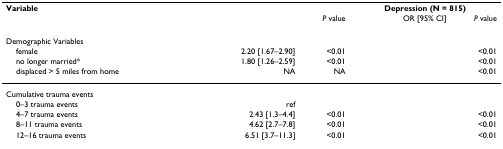
<table><thead><tr><td><b>Variable</b></td><td colspan="2">[EMPTY_CELL]</td><td colspan="2"><b>Depression (N = 815)</b></td></tr><tr><td>[EMPTY_CELL]</td><td>[EMPTY_CELL]</td><td><b><i>P </i>value</b></td><td><b>OR [95% CI]</b></td><td><b><i>P </i>value</b></td></tr></thead><tbody><tr><td>Demographic Variables</td><td>[EMPTY_CELL]</td><td>[EMPTY_CELL]</td><td>[EMPTY_CELL]</td><td>[EMPTY_CELL]</td></tr><tr><td> female</td><td>2.20 [1.67–2.90]</td><td>&lt;0.01</td><td>[EMPTY_CELL]</td><td>&lt;0.01</td></tr><tr><td> no longer married*</td><td>1.80 [1.26–2.59]</td><td>&lt;0.01</td><td>[EMPTY_CELL]</td><td>&lt;0.01</td></tr><tr><td> displaced &gt; 5 miles from home</td><td>NA</td><td>NA</td><td>[EMPTY_CELL]</td><td>&lt;0.01</td></tr><tr><td>Cumulative trauma events</td><td>[EMPTY_CELL]</td><td>[EMPTY_CELL]</td><td>[EMPTY_CELL]</td><td>[EMPTY_CELL]</td></tr><tr><td> 0–3 trauma events</td><td>ref</td><td>[EMPTY_CELL]</td><td>[EMPTY_CELL]</td><td>[EMPTY_CELL]</td></tr><tr><td> 4–7 trauma events</td><td>2.43 [1.3–4.4]</td><td>&lt;0.01</td><td>[EMPTY_CELL]</td><td>&lt;0.01</td></tr><tr><td> 8–11 trauma events</td><td>4.62 [2.7–7.8]</td><td>&lt;0.01</td><td>[EMPTY_CELL]</td><td>&lt;0.01</td></tr><tr><td> 12–16 trauma events</td><td>6.51 [3.7–11.3]</td><td>&lt;0.01</td><td>[EMPTY_CELL]</td><td>&lt;0.01</td></tr></tbody></table>